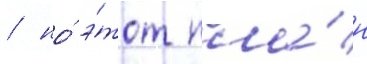
/ но́ э́тот пла́н